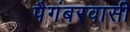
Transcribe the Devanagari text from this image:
पैगंबरवासी